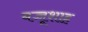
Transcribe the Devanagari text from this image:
बच्चूशाह